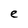
Character: e